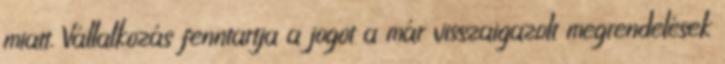
miatt. Vállalkozás fenntartja a jogot a már visszaigazolt megrendelések